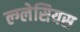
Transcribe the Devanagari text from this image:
ल्ग्लेसियस